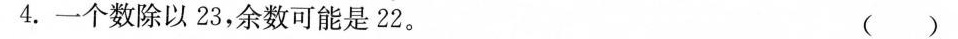
4. 一个数除以23，余数可能是22。 ()